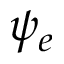
\psi _ { e }